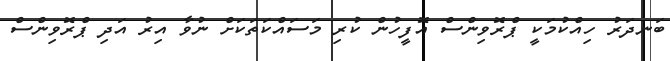
ބަނދަރު ހިއްކުމަކީ ޕްރޮވިންސް އޮފީހުން ކުރި މަސައްކަތަކަށް ނުވާ އިރު އަދި ޕްރޮވިންސް